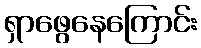
ရှာဖွေနေကြောင်း